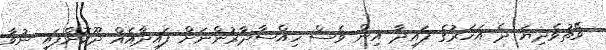
ވޭތުވެދިޔަ ދެ އަހަރުގެ ފައިދާ އިން ވެސް ހިއްސާދާރުންނަށް ފައިދާއެއް ދޫކޮށްފައި ނުވާ